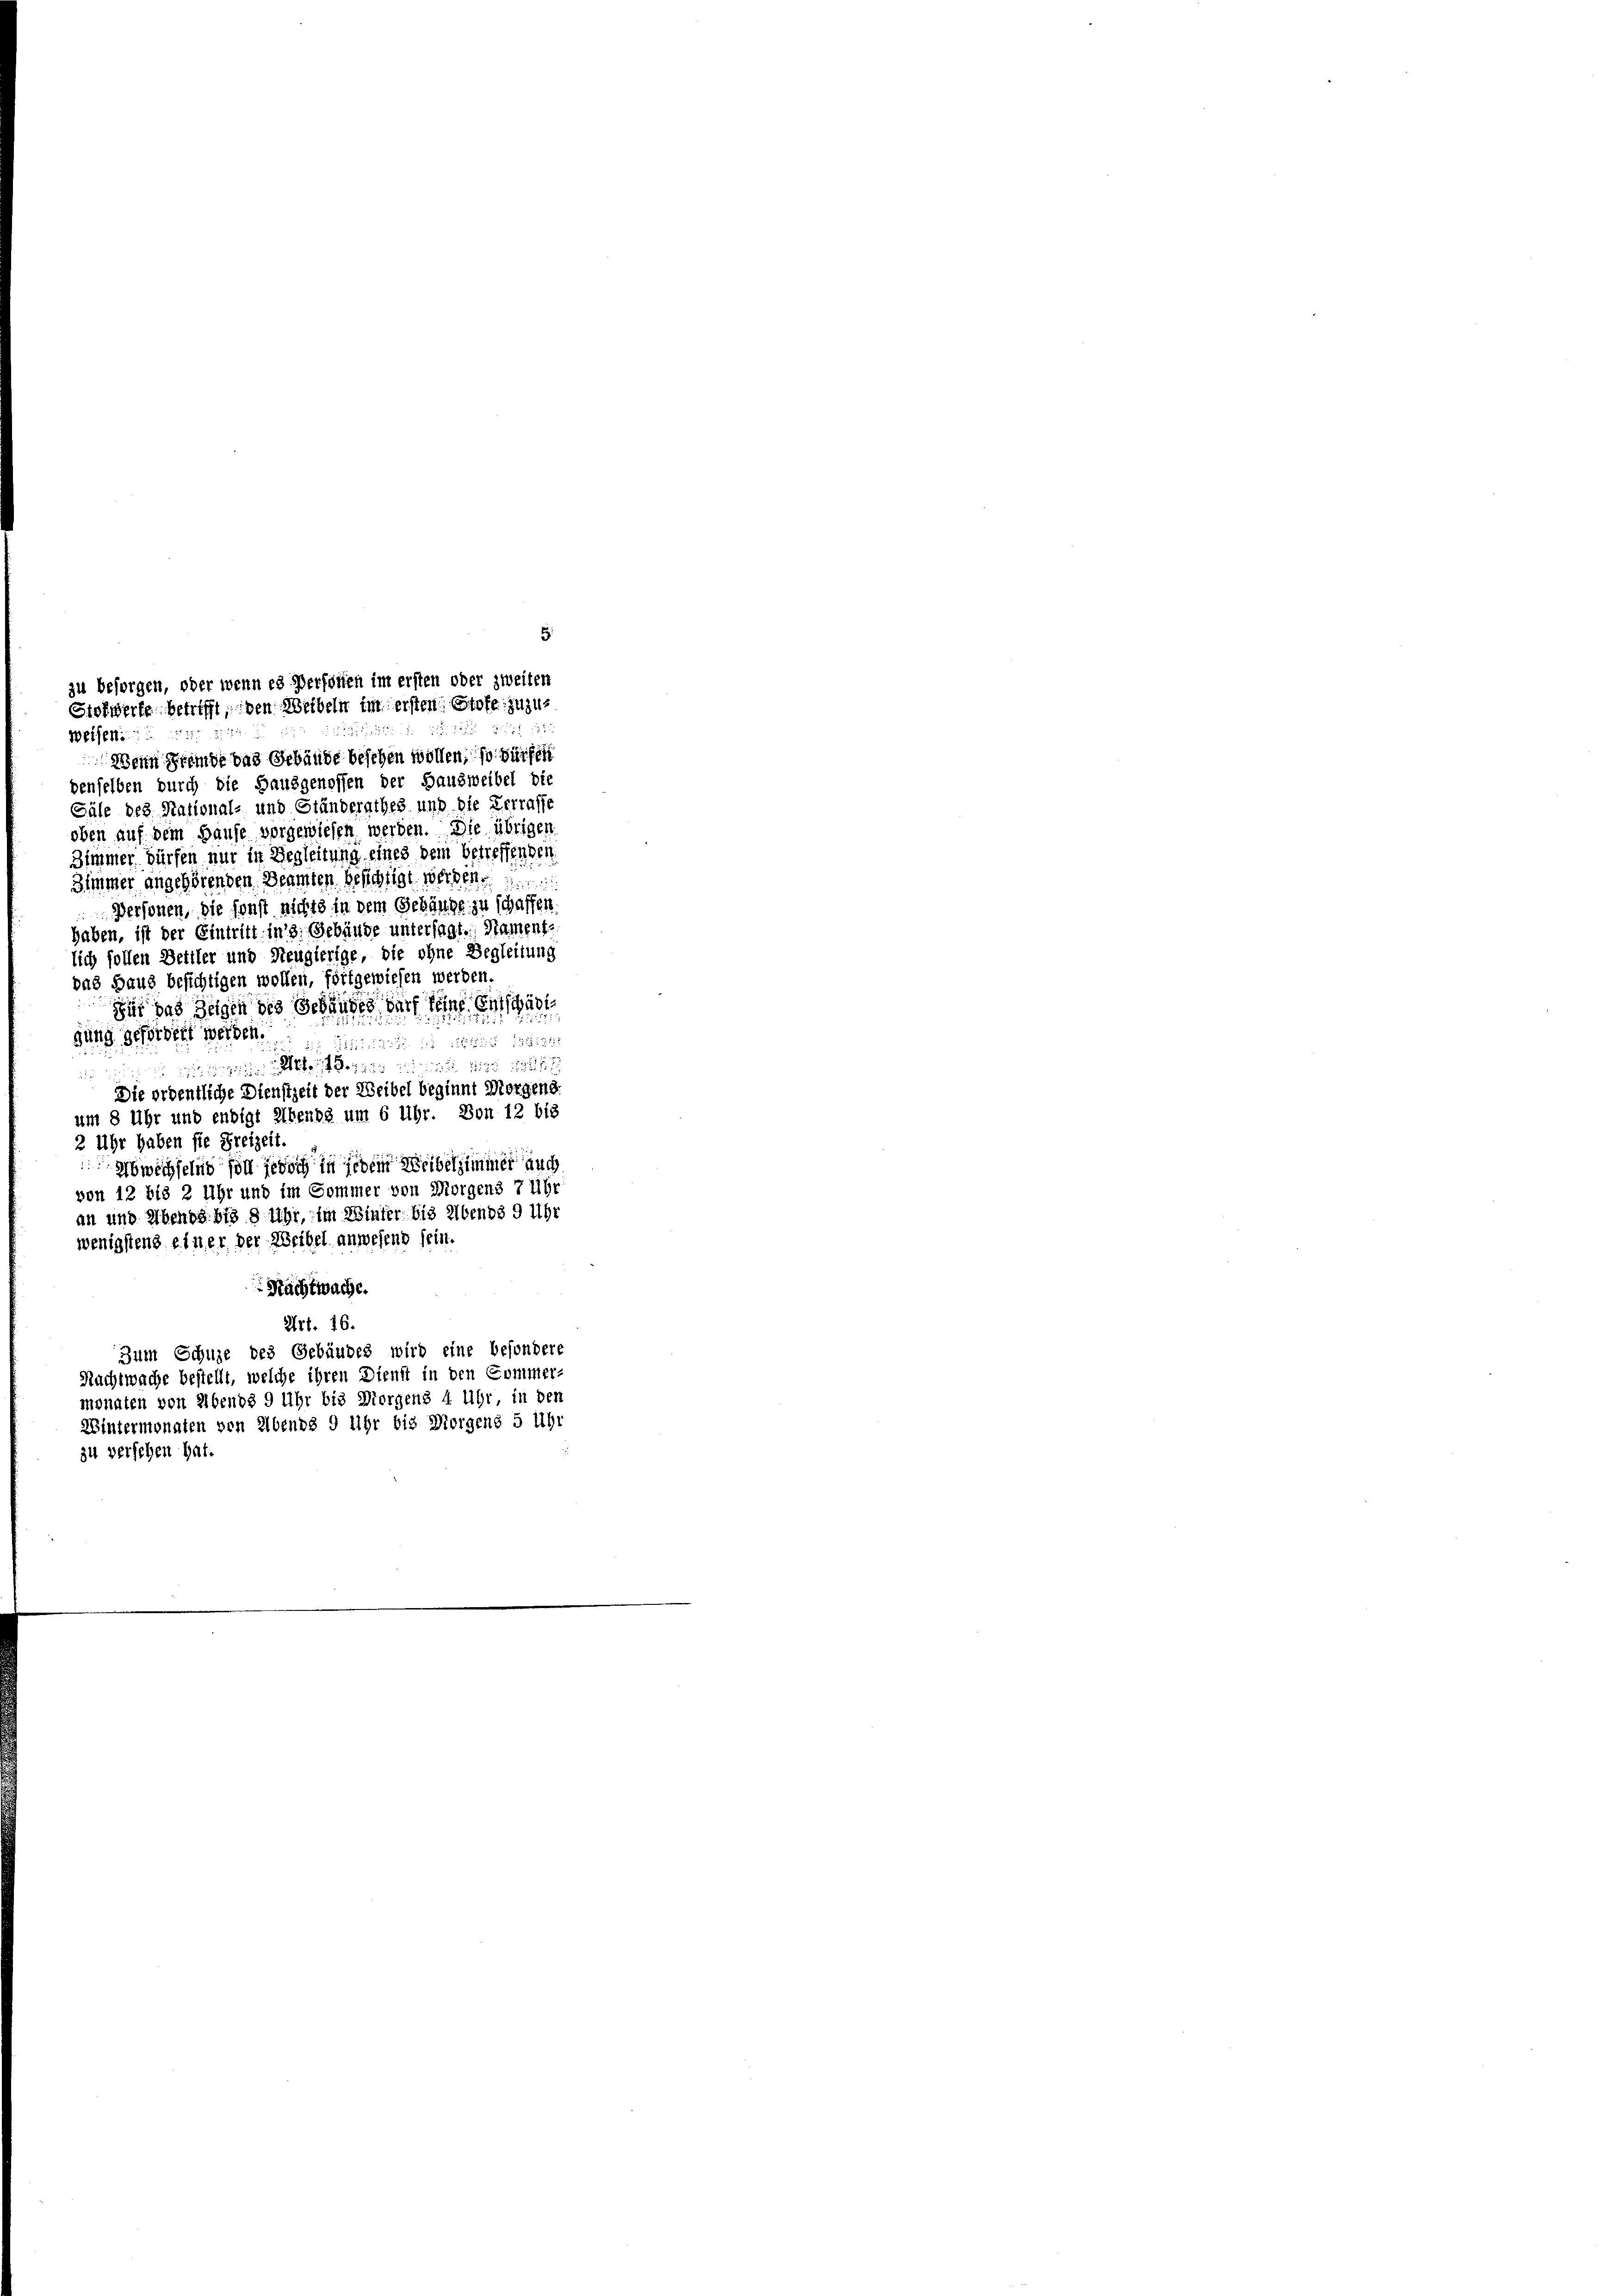
5
zu besorgen, oder wenn es Personen im ersten oder zweiten
Stolwerke betrifft, den Weibeln im ersten Stoff zuzust 188
Weisen.
Wenn Fremde das Gebäude besehen wollen, so würfen

denselben durch die Hausgenossen der Hausweibel die
Säle des National- und Ständerathes und die Verrasse
oben auf dem Hause vorgewiesen werden. Die übrigen
Zimmer dürfen nur in Begleitung eines dem Betreffenden
Zimmer angehörenden Beamten besichtigt werden.
Personen, die sonst nichts in dem Gebäude zu schaffen.
haben, ist der Eintritt in 3. Gebäude untersagt. Nament-
lich sollen Bettler und Neugierige, die ohne Begleitung
das Haus besichtigen wollen, fortgewiesen werden.
dir das zeigen des Schandes auch seine entscha
gung gefordert werden.
ii 15 16 1312811
igheit deinen in die eige des

Die ordentliche Dienstzeit der Weibel beginnt Morgens.
um 8 Uhr und endigt Abends um 6 Uhr. Von 12 bis
2 Uhr haben sie Freizeit.
Abwechselnd soll jedoch in jedem Weibelzimmer auch
von 12 bis 2 Uhr und im Sommer von Morgens 7 Uhr
an und Abends bis 8 Uhr, im Winter bis Abends 9 Uhr
wenigstens einer der Weibel anwesend sein.
Nachtwache.
Art. 16.
Zum Schuze des Gebäudes wird eine besondere

Nachtwache bestellt, welche ihren Dienst in den Commer-
monaten von Abends 9 Uhr bis Morgens 4 Uhr in den
Wintermonaten von Abends 9 Uhr bis Morgens 5 Uhr
zu verschen hat.